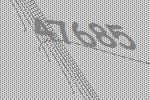
47685